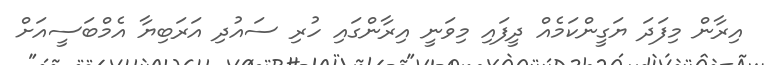
އިރާން މިފަދަ ޔަގީންކަމެއް ދީފައި މިވަނީ އިރާންގައި ހުރި ސައުދި އަރަބިޔާ އެމްބަސީއަށް